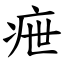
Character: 疶